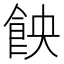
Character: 䬬